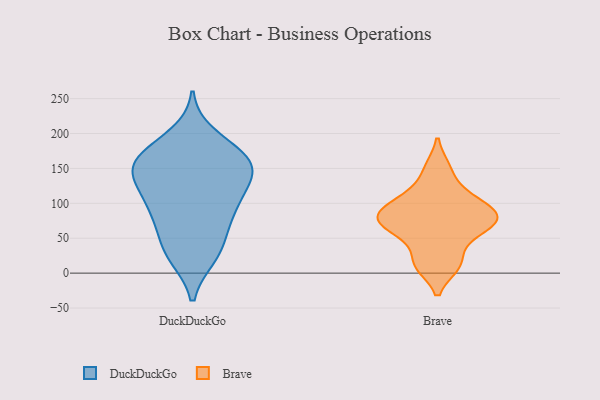
{"axis": {"x": "Active Users", "y": "Value"}, "legend": ["Brave", "DuckDuckGo"], "data": [{"x": "", "y": 139, "type": "DuckDuckGo"}, {"x": "", "y": 126, "type": "DuckDuckGo"}, {"x": "", "y": 33, "type": "DuckDuckGo"}, {"x": "", "y": 197, "type": "DuckDuckGo"}, {"x": "", "y": 25, "type": "DuckDuckGo"}, {"x": "", "y": 169, "type": "DuckDuckGo"}, {"x": "", "y": 141, "type": "DuckDuckGo"}, {"x": "", "y": 90, "type": "DuckDuckGo"}, {"x": "", "y": 157, "type": "DuckDuckGo"}, {"x": "", "y": 164, "type": "DuckDuckGo"}, {"x": "", "y": 55, "type": "DuckDuckGo"}, {"x": "", "y": 85, "type": "DuckDuckGo"}, {"x": "", "y": 154, "type": "DuckDuckGo"}, {"x": "", "y": 24, "type": "DuckDuckGo"}, {"x": "", "y": 118, "type": "DuckDuckGo"}, {"x": "", "y": 177, "type": "DuckDuckGo"}, {"x": "", "y": 103, "type": "DuckDuckGo"}, {"x": "", "y": 79, "type": "DuckDuckGo"}, {"x": "", "y": 155, "type": "DuckDuckGo"}, {"x": "", "y": 115, "type": "Brave"}, {"x": "", "y": 93, "type": "Brave"}, {"x": "", "y": 49, "type": "Brave"}, {"x": "", "y": 11, "type": "Brave"}, {"x": "", "y": 150, "type": "Brave"}, {"x": "", "y": 14, "type": "Brave"}, {"x": "", "y": 74, "type": "Brave"}, {"x": "", "y": 99, "type": "Brave"}, {"x": "", "y": 79, "type": "Brave"}, {"x": "", "y": 76, "type": "Brave"}, {"x": "", "y": 67, "type": "Brave"}]}